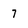
Character: 7